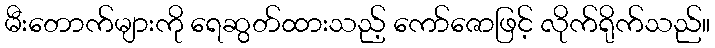
မီးတောက်များကို ရေဆွတ်ထားသည့် ကော်ဇောဖြင့် လိုက်ရိုက်သည်။